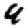
Digit: 9